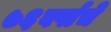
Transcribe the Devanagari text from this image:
७६वर्षाचे